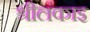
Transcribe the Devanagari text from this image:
श्रीलंकाइ